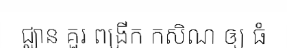
ជ្ឈាន គួរ ពង្រីក កសិណ ឲ្យ ធំ